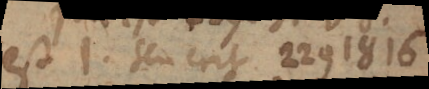
est 1. seu erit 2291816